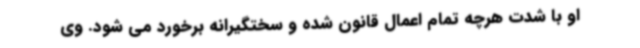
او با شدت هرچه تمام اعمال قانون شده و سختگیرانه برخورد می شود. وی